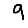
Digit: 9